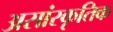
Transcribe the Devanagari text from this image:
असांस्कृतिक